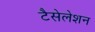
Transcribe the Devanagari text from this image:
टैसेलेशन